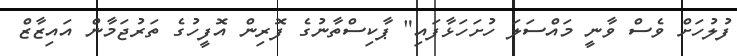
ފުލުހަށް ވެސް ވާނީ މައްސަލަ ހުށަހަޅާފައި" ޕާކިސްތާނުގެ ފޮރިން އޮފީހުގެ ތަރުޖަމާން އައިޒާޒް